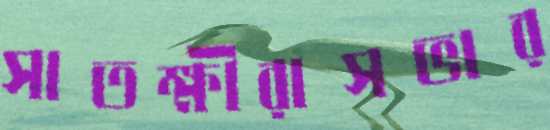
সাতক্ষীরাসভার